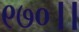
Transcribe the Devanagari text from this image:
९७०।।